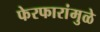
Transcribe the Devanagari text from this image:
फेरफारांमुळे